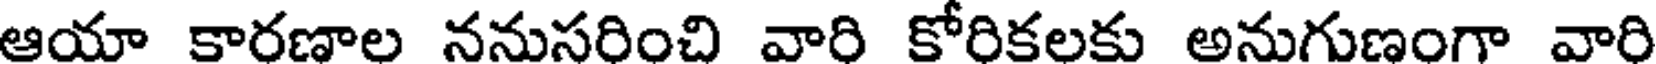
ఆయా కారణాల ననుసరించి వారి కోరికలకు అనుగుణంగా వారి